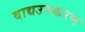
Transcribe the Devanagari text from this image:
वाद्यउपकरण